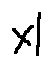
x l